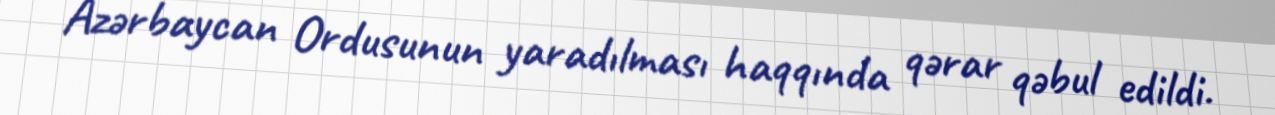
Azərbaycan Ordusunun yaradılması haqqında qərar qəbul edildi.